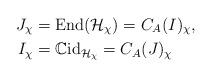
LaTeX: \begin{align*}J_\chi&=\textup{End}(\mathcal{H}_\chi)=C_A(I)_\chi,\\I_\chi&=\mathbb{C}\textup{id}_{\mathcal{H}_\chi}=C_A(J)_\chi\end{align*}